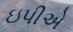
ઇપીએ